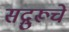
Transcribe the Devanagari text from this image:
सद्गुरूचे